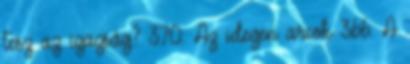
tesz az igazság? 370. Az idegen arcok 366. A